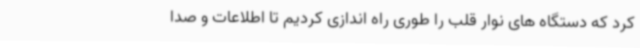
کرد که دستگاه های نوار قلب را طوری راه اندازی کردیم تا اطلاعات و صدا